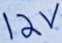
Text: 12V